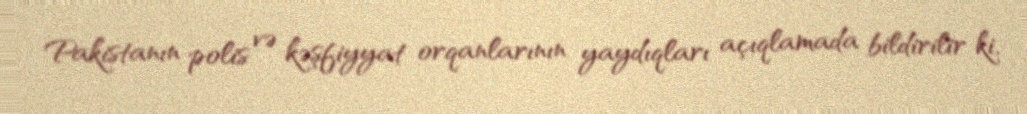
Pakistanın polis və kəşfiyyat orqanlarının yaydıqları açıqlamada bildirilir ki,